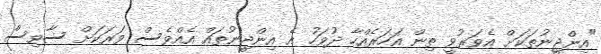
"އިންޖީނުތަކަށް އެވަރުވީ ތިން އަހަރެއްހާ ދުވަހު އެ އިންޖީނުތައް އެއްވެސް ވަރަކަށް ސާވިސް